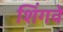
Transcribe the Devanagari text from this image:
शिंगवे